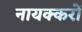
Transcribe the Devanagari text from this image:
नायक्करों